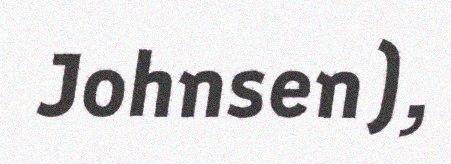
Johnsen),